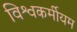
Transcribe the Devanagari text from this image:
विश्वकर्मीयम